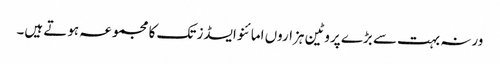
ورنہ بہت سے بڑے پروٹین ہزاروں امائنو ایسڈز تک کا مجموعہ ہوتے ہیں۔